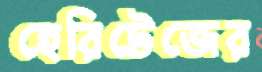
হেরিটেজের